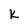
Character: k